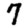
Digit: 7